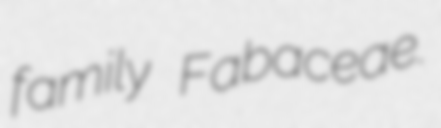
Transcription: family Fabaceae.